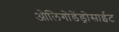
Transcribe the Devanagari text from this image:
ओलिगोडेंड्रोसाईट